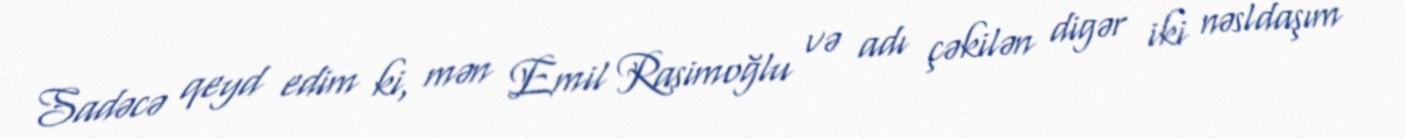
Sadəcə qeyd edim ki, mən Emil Rasimoğlu və adı çəkilən digər iki nəsldaşım